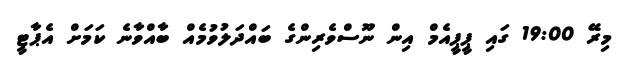
މިރޭ 19:00 ގައި ޕީޕީއެމް އިން ނޫސްވެރިންގެ ބައްދަލުވުމެއް ބާއްވާނެ ކަމަށް އެޕާޓީ